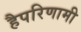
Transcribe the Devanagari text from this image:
हैपरिणामी